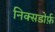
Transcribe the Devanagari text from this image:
निक्सडोर्फ़